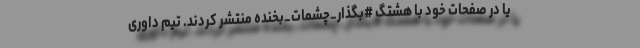
یا در صفحات خود با هشتگ #بگذار_چشمات_بخنده منتشر کردند. تیم داوری